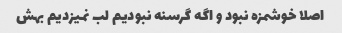
اصلا خوشمزه نبود و اگه گرسنه نبودیم لب نمیزدیم بهش